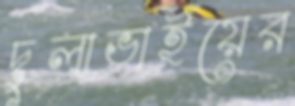
দুলাভাইয়ের